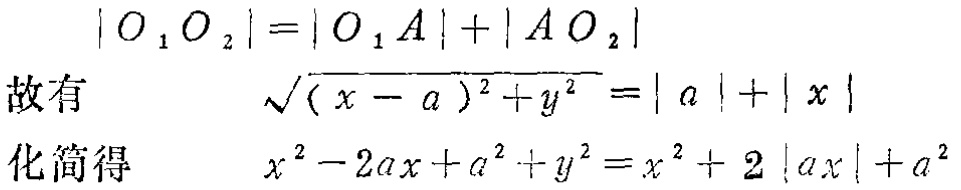
\[
\begin{align*}
|O_1O_2|&=|O_1A| + |AO_2|\\
\text{故有}\quad\sqrt{(x - a)^2 + y^2}&=|a|+|x|\\
\text{化简得}\quad x^2 - 2ax + a^2 + y^2&=x^2 + 2|ax|+a^2
\end{align*}
\]